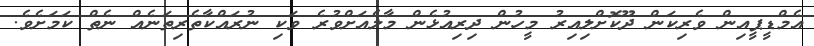
އެމްޑީޕީއިން ވެރިކަން ދޫކޮށްލިއިރު މީހުން ދިރިއުޅެން މާލެއަށްވުރެ ވަކި ނުރައްކާތެރިތަނެއް ނެތް ކަމަށެވެ.